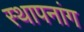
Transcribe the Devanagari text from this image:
स्थापनांग